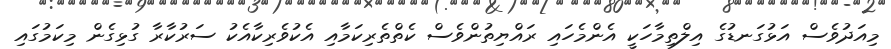
މިއަދުވެސް އަޅުގަނޑުގެ އިލްތިމާހަކީ އެންމެހައި ރައްޔިތުންވެސް ކެތްތެރިކަމާއި އެކުވެރިކާއެކު ސަރުކާރާ ގުޅިގެން މިކަމުގައި